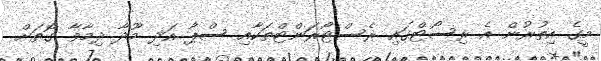
މީގެ އިތުރުން އެ ރިސޯޓްގައި ރެސްޓޯރަންޓްތަކާއި ސްޕާ އަދި މޫދާ ދިމާވާ ގޮތަށް